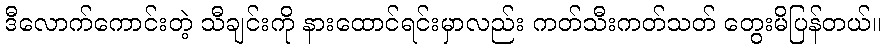
ဒီလောက်ကောင်းတဲ့ သီချင်းကို နားထောင်ရင်းမှာလည်း ကတ်သီးကတ်သတ် တွေးမိပြန်တယ်။